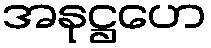
အနုဋ္ဌဟေ